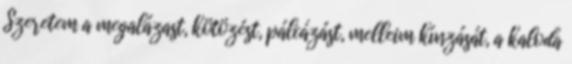
Szeretem a megalázast, kötözést, pálcázást, melleim kínzását, a kaloda